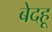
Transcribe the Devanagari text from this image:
बेदहू